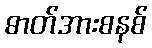
ဓာတ်အားစနစ်